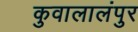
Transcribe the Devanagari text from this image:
कुवालालंपुर